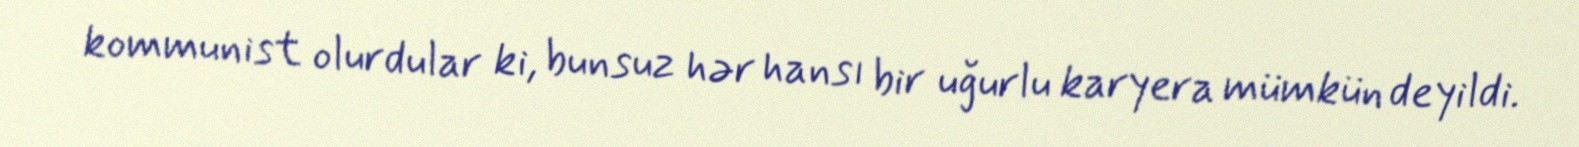
kommunist olurdular ki, bunsuz hər hansı bir uğurlu karyera mümkün deyildi.